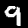
Digit: 9